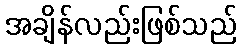
အချိန်လည်းဖြစ်သည်